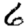
Digit: 6